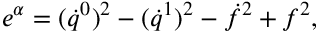
e ^ { \alpha } = ( \dot { q } ^ { 0 } ) ^ { 2 } - ( \dot { q } ^ { 1 } ) ^ { 2 } - \dot { f } ^ { 2 } + f ^ { 2 } ,